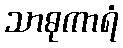
သာဓုကာရံ